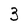
Character: 3